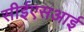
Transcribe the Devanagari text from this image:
सीईएसआई